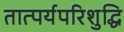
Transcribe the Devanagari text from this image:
तात्पर्यपरिशुद्धि